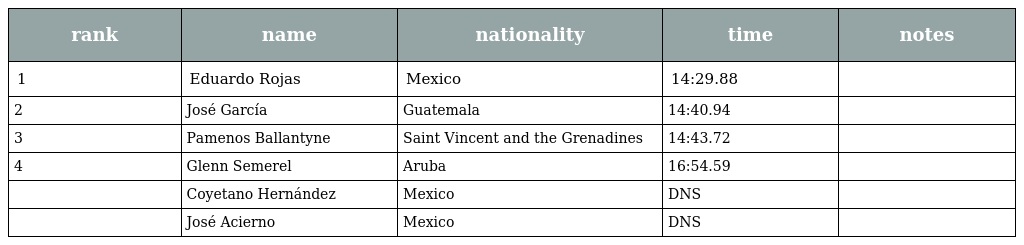
| rank | name | nationality | time | notes |
 | --- | --- | --- | --- | --- |
 | 1 | Eduardo Rojas | Mexico | 14:29.88 |  |
 | 2 | José García | Guatemala | 14:40.94 |  |
 | 3 | Pamenos Ballantyne | Saint Vincent and the Grenadines | 14:43.72 |  |
 | 4 | Glenn Semerel | Aruba | 16:54.59 |  |
 |  | Coyetano Hernández | Mexico | DNS |  |
 |  | José Acierno | Mexico | DNS |  |